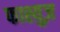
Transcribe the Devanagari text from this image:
फाश्युज़